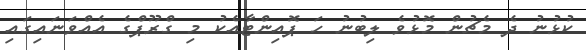
ކުޅުނު ދެ މެޗުން މޮޅުވެ ލިބުނު ހަ ޕޮއިންޓާއެކު މި ގްރޫޕްގެ އެއްވަނައިގައި